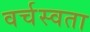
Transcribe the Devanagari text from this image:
वर्चस्वता